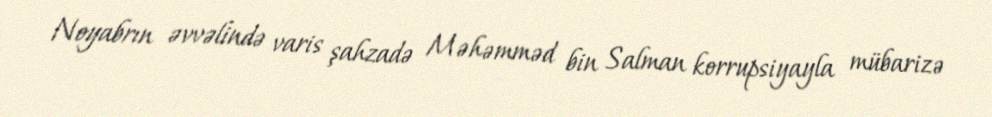
Noyabrın əvvəlində varis şahzadə Məhəmməd bin Salman korrupsiyayla mübarizə